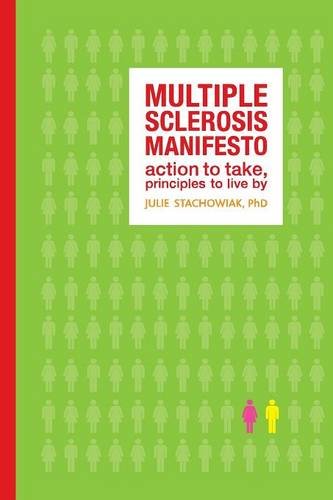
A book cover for The Multiple Sclerosis Manifesto: "Action to Take, Principles to Live By"; Julie Stachowiak PhD; Health, Fitness & Dieting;